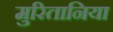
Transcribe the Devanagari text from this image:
मुरितानिया